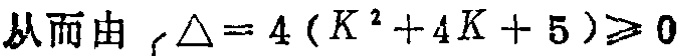
从而由 $\Delta = 4\left(K^{2}+4K + 5\right)\geqslant 0$